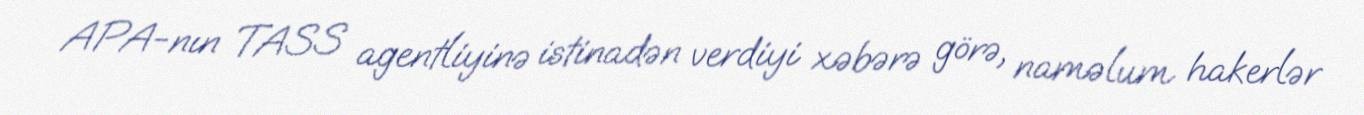
APA-nın TASS agentliyinə istinadən verdiyi xəbərə görə, naməlum hakerlər